Leaving Certificate Examination, 1911
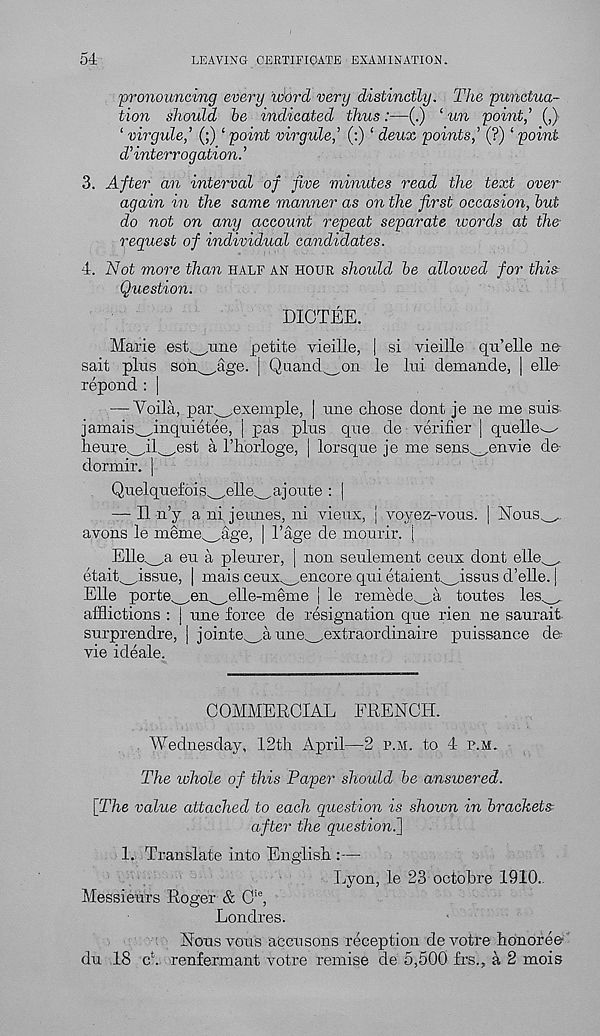
54
LEAVING CERTIFICATE EXAMINATION.
'pronouncing every word very distinctly. The punctua-
tion should be indicated thus:—(.) ‘ un point,’ (,)
‘ virgule,’ (;) ‘ point virgule,’ (:) ‘ deux points,’ (?) ‘ point
d’interrogation.’
3. After an interval of five minutes read the text over
again in the same manner as on the first occasion, but
do not on any account repeat separate ivords at the
request of individual candidates.
4. Not more than half an hour should be allowed for this
Question.
DICTEE.
Marie est^Tine petite vieille, | si vieille qii’elle ne-
sait plus Bondage. | Quand^on le lui demande, | elle
repond : |
— Voila, par exemple, | nne chose dont je ne me snis
jamais^,inquietee, | pas plus cpie de verifier | quelle^
lieure w il^est a 1’horloge, | lorsque je me sens^,envie de-
dormir. |
Quelquefois^elle^, aj oute : |
— II n’y a ni jeunes, ni vieux, | voyez-vous. | Nous^..
avons le meme^age, | 1’age de mourir. j
Elle^a eu a pleurer, | non seulement ceux dont elle^
etait^issue, | mais ceux^encore qui etaient^issus d’elle. |
Elle porte^en^elle-meme | le remede^a toutes les^
afflictions : j une force de resignation que rien ne saurait
surprendre, | jointe^a une^extraordinaire puissance de
vie ideale.
COMMERCIAL FRENCH.
. Wednesday, 12th April—2 p.m. to 4 p.M.
The whole of this Paper should be answered.
\The value attached to each question is shoivn in brackets:
after the question^
1. Translate into English :—-
Lyon, le 23 octobre 1910.
Messieurs Roger & C ie ,
Londres.
Nous vous accusons reception de voire honoree
du 18 c*. renfermant votre remise de 5,500 frs., a 2 mois